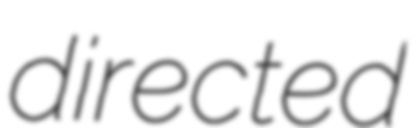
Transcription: directed